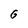
Character: G